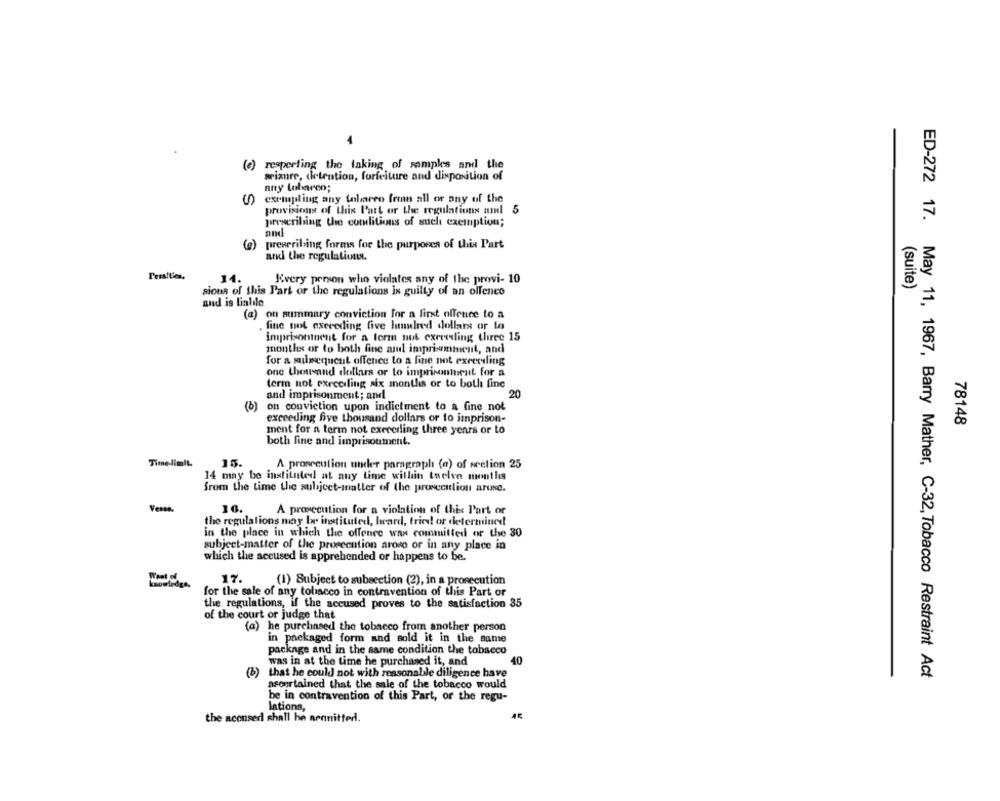
(e) resperling the taking of samples and the
seizure, detention, forfeiture and disposition of
any tolmarco;
() exempeling any tolero frian all or any of the
provisions of this Part or the regulations and 5
prescribing the comlitions of such exemption;
and
prescribing forms for the purposes of this Part
and the regulations.
14.
Every person who violates any of the provi- 10
(suite)
sions of this Part or the regulations is guilty of an offence
and is lialilo
(a) on summary conviction for a first offence to a
fine not exceeding five hundred dollars or to
imprisonment for a term not exceeding three 15
months or to both fine and imprisonment, and
for a subsequent offence to a fine not exceeding
one thousand dollars or to imprisonment for a
term not exrceiling six months or to both fine
20
and imprisonment; and
(b)
on conviction upon indictment to a fine not
exceeding five thousand dollars or to imprison-
78148
ment for a term not exererling three years or to
both fine and imprisonment.
Time-limit
15.
A prosecution under paragraph (a) of srelion 25
14 may be instituted at any time within twelve months
from the time the subject-matter of the prosecutlion aruse.
Vessa
16.
A prosecution for a violation of this Part or
the regulations may Ir instituted, heard, tried or determined
in the place in which the offenee was committed or the 30
subject-matter of the prosecution arovo or in any place in
which the accused is apprehended or happens to be.
knowledge.
17.
(1) Subject to subsection (2), in a prosecution
for the sale of any tobacco in contravention of this Part or
the regulations, if the accused proves to the satisfaction 35
of the court or judge that
(a) he purchased the tobacco from another person
in packaged form and sold it in the same
package and in the same condition the tobacco
was in at the time he purchased it, and
40
(6)
that he could not with reasonable diligence have
ED-272 17. May 11, 1967, Barry Mather, C-32, Tobacco Restraint Act
ascertained that the sale of the tobacco would
be in contravention of this Part, or the regu-
lations,
the aconsed shall he arnnitted.
AR